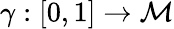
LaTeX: \gamma:[0,1]\rightarrow\mathcal{M}